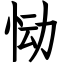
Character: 恸